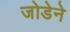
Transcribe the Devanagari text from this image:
जोडेने